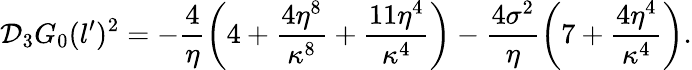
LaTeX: \mathcal{D}_{3}G_{0}(l^{\prime})^{2}=-\frac{4}{\eta}\left(4+\frac{4\eta^{8}}{\kappa^{8}}+\frac{11\eta^{4}}{\kappa^{4}}\right)-\frac{4\sigma^{2}}{\eta}\left(7+\frac{4\eta^{4}}{\kappa^{4}}\right).